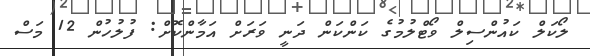
ލޯކަލް ކަައުންސިލް ވޯޓްލުމުގެ ކަންކަން ދަނީ ވަރަށް އަމާންކޮށް: ފުލުހުން 12 މަސް